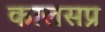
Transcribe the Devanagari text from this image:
कालसप्र